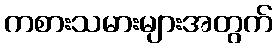
ကစားသမားများအတွက်